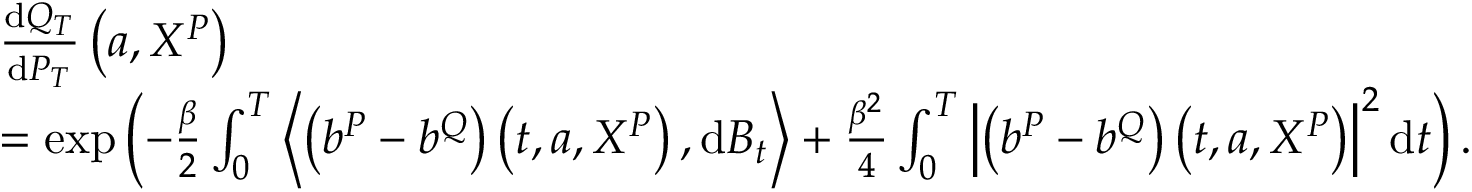
\begin{array} { r l } & { \frac { \mathrm { d } Q _ { T } } { \mathrm { d } P _ { T } } \left( a , X ^ { P } \right) } \\ & { = \exp \left( - \frac { \beta } { 2 } \int _ { 0 } ^ { T } \left\langle \left( b ^ { P } - b ^ { Q } \right) \left( t , a , X ^ { P } \right) , \mathrm { d } B _ { t } \right\rangle + \frac { \beta ^ { 2 } } { 4 } \int _ { 0 } ^ { T } \left| \left( b ^ { P } - b ^ { Q } \right) \left( t , a , X ^ { P } \right) \right| ^ { 2 } \mathrm { d } t \right) . } \end{array}